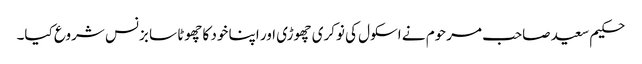
حکیم سعید صاحب مرحوم نے اسکول کی نوکری چھوڑی اور اپنا خود کا چھوٹا سا بزنس شروع کیا۔